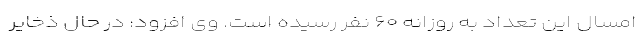
امسال این تعداد به روزانه ۶۰ نفر رسیده است. وی افزود: در حال ذخایر